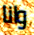
وانا